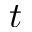
t